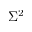
\Sigma ^ { 2 }